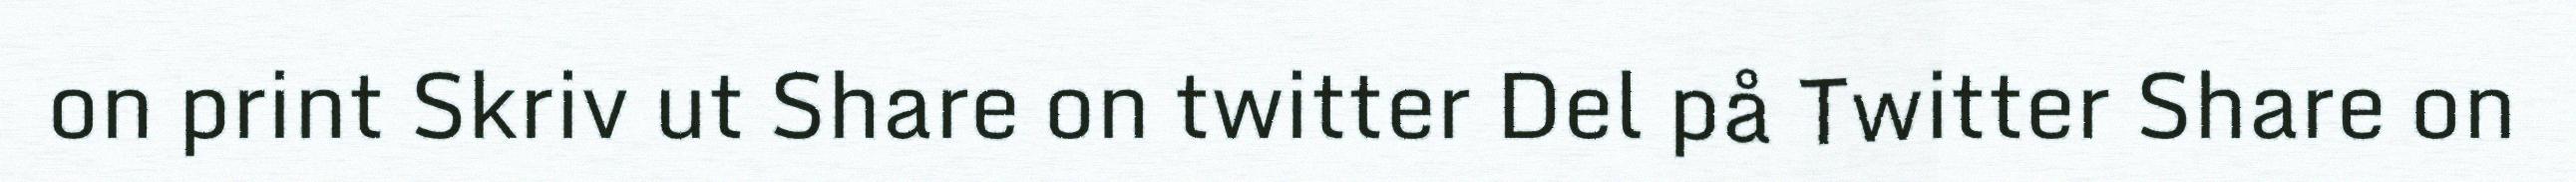
on print Skriv ut Share on twitter Del på Twitter Share on